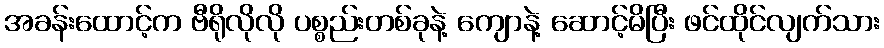
အခန်းထောင့်က ဗီရိုလိုလို ပစ္စည်းတစ်ခုနဲ့ ကျောနဲ့ ဆောင့်မိပြီး ဖင်ထိုင်လျက်သား